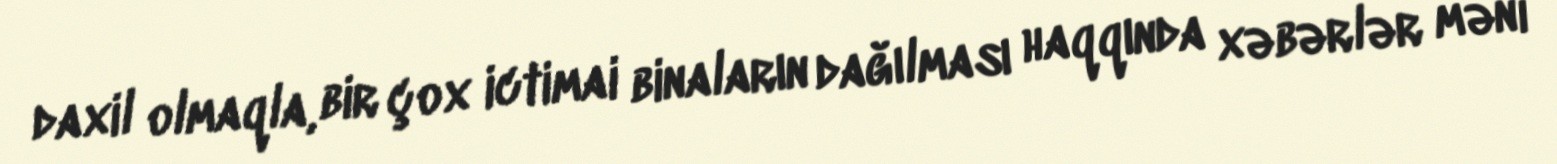
daxil olmaqla, bir çox ictimai binaların dağılması haqqında xəbərlər məni